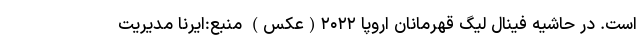
است. در حاشیه فینال لیگ قهرمانان اروپا ۲۰۲۲(عکس) منبع:ایرنا مدیریت